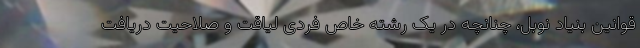
قوانین بنیاد نوبل، چنانچه در یک رشته خاص فردی لیاقت و صلاحیت دریافت